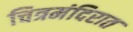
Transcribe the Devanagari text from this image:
चित्रमंदिरात